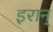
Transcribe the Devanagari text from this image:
इरान्